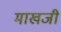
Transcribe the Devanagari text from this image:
माखजी